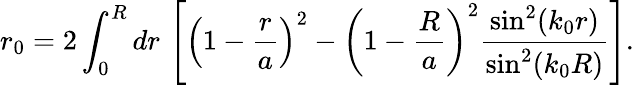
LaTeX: r_{0}=2\int_{0}^{R}dr\, \left[\left(1-\frac{r}{a}\right)^{2}-\left(1-\frac{R}{a}\right)^{2}\frac{\sin^{2}(k_{0}r)}{\sin^{2}(k_{0}R)}\right].